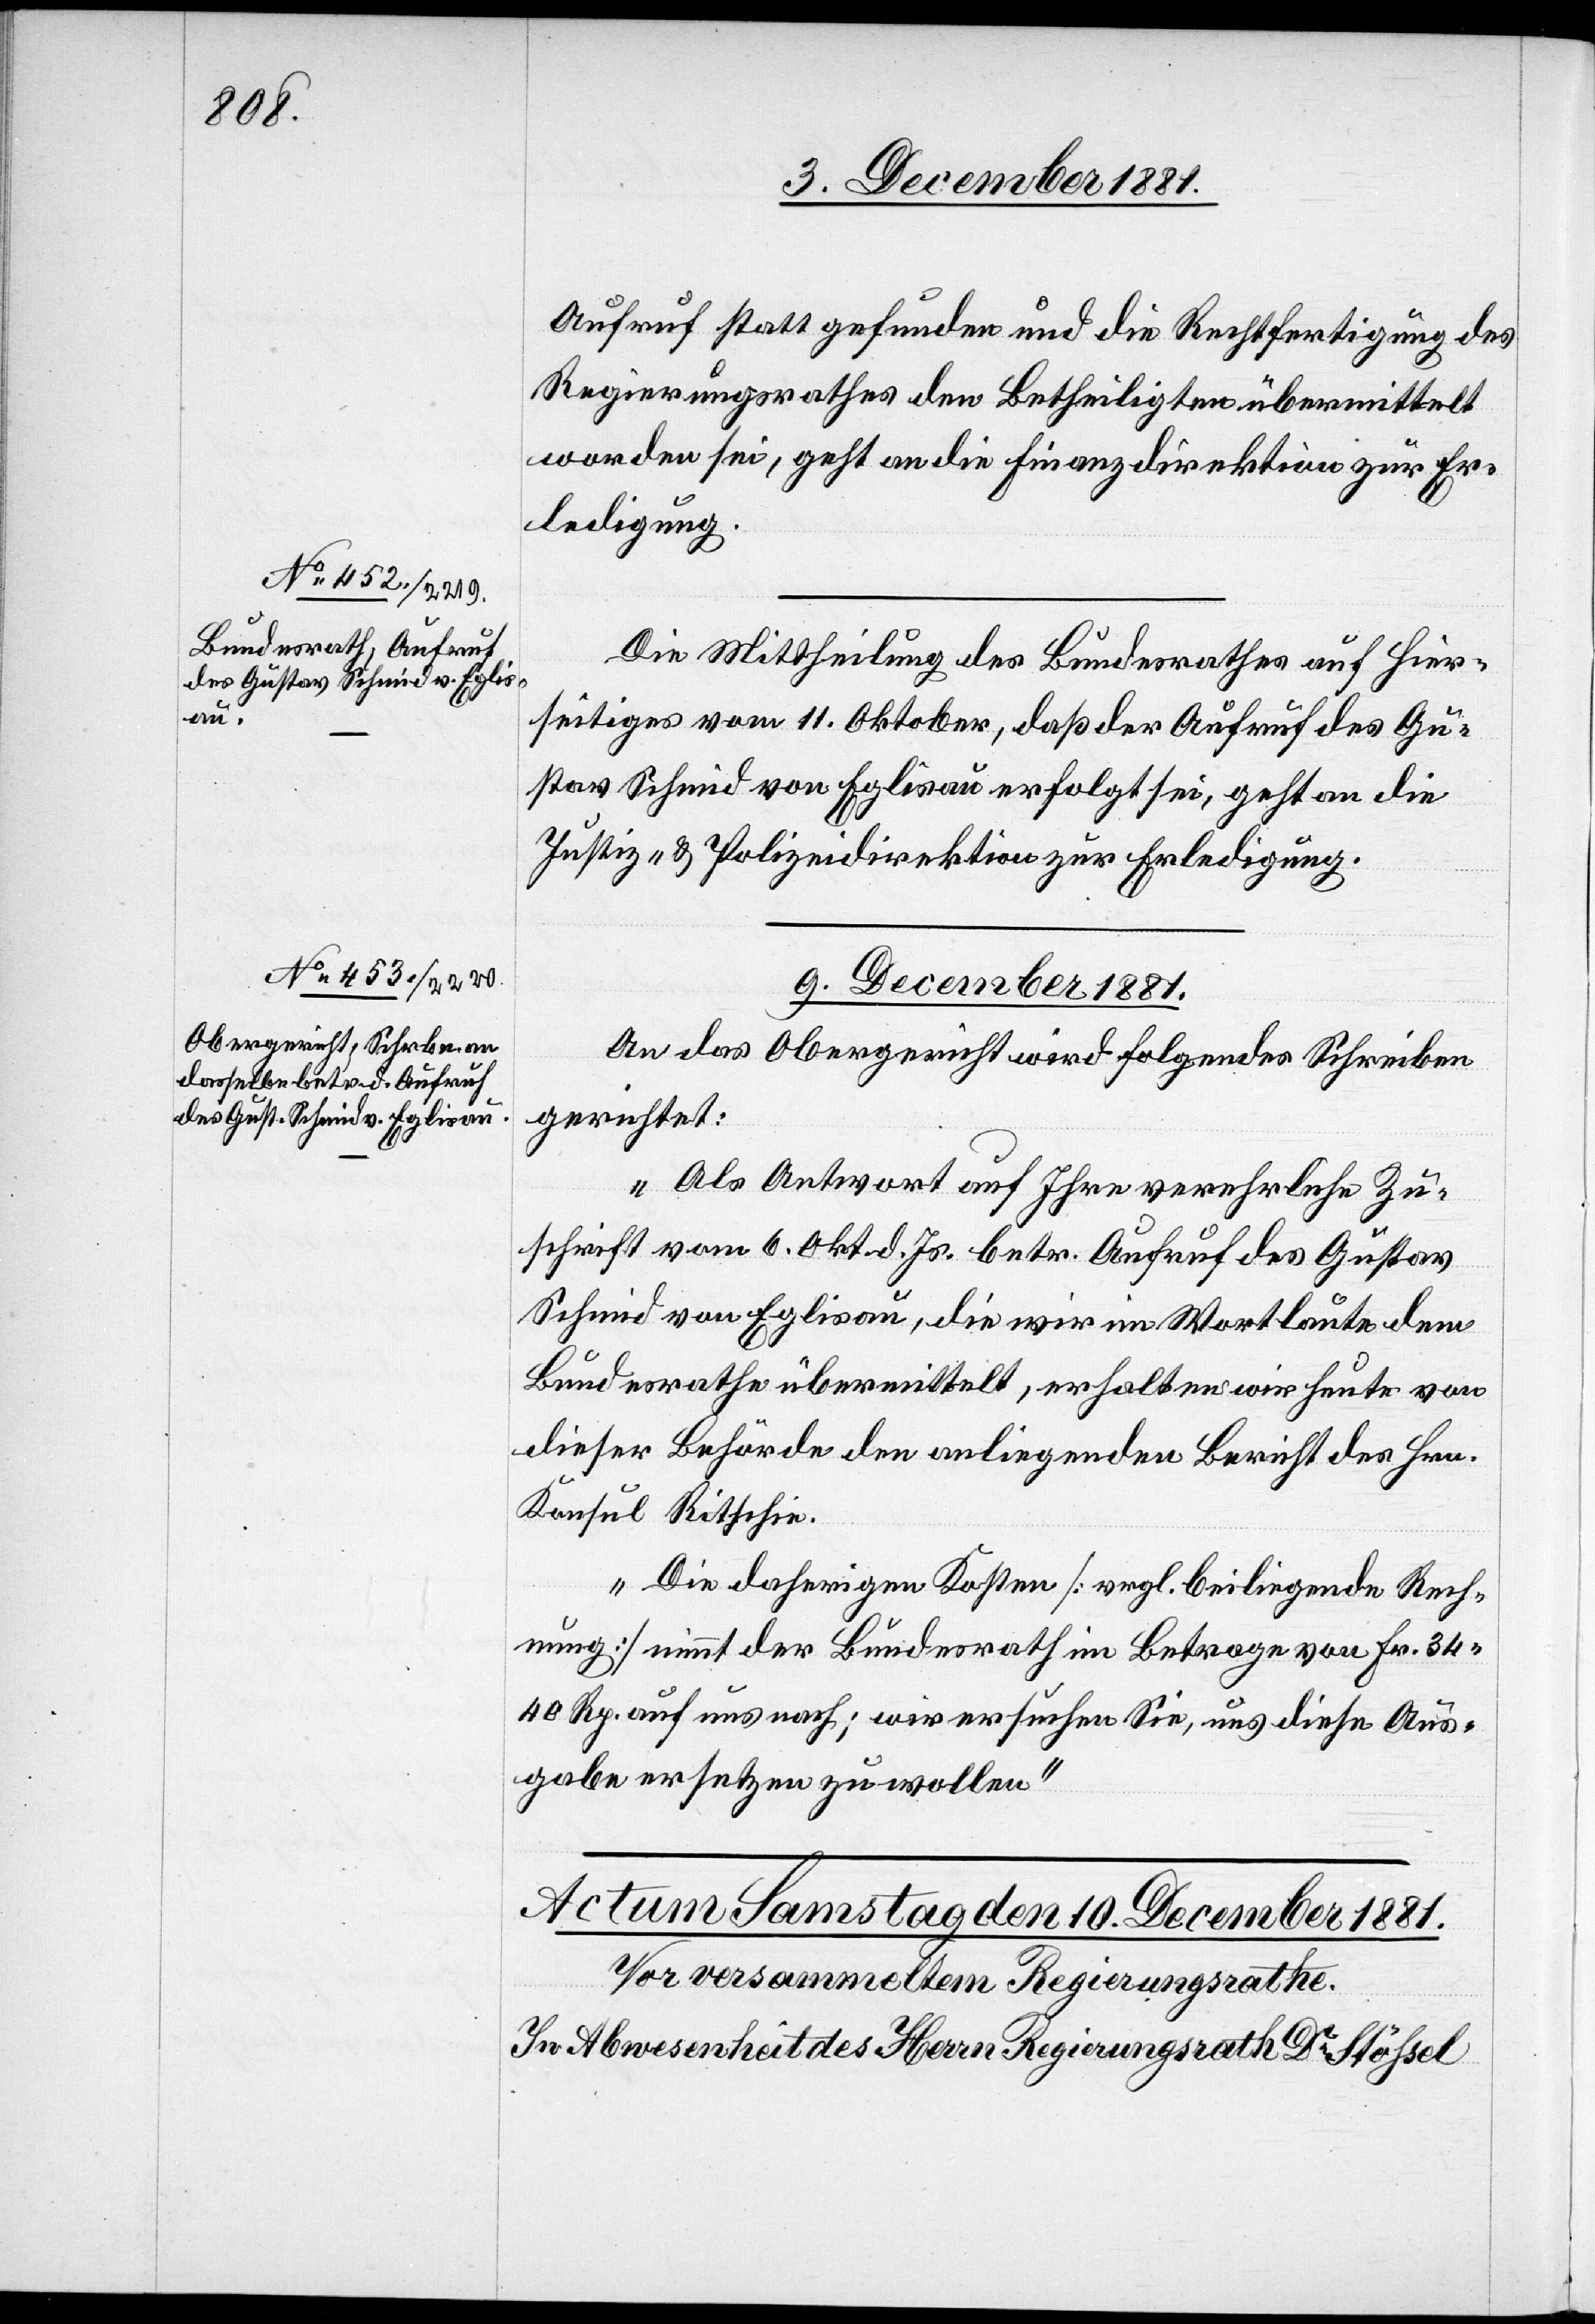
Aufruf statt gefunden und die Rechtfertigung des
Regierungsrathes den Betheiligten übermittelt
worden sei, geht an die Finanzdirektion zur Er¬
ledigung.
Die Mittheilung des Bundesrathes auf Hier¬
seitiges vom 11. Oktober, daß der Aufruf des Gu¬
stav Schmid von Eglisau erfolgt sei, geht an die
Justiz- & Polizeidirektion zur Erledigung.
9. December 1881.
An das Obergericht wird folgendes Schreiben
gerichtet:
„Als Antwort auf Ihre verehrliche Zu¬
schrift vom 6. Okt. d. Js. betr. Aufruf des Gustav
Schmid von Eglisau, die wir im Wortlaute dem
Bundesrathe übermittelt, erhalten wir heute von
dieser Behörde den anliegenden Bericht des Hrn.
Konsul Ritschie.
Die daherigen Kosten [vrgl. beiliegende Rech¬
nung] nimmt der Bundesrath im Betrage von Fr. 34
40 Rp. auf uns nach; wir ersuchen Sie, uns diese Aus¬
gabe ersetzen zu wollen.“